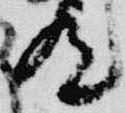
汰